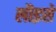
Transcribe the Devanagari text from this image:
लौइसे